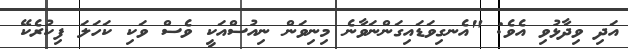
އަދި ވިދާޅުވި އެވެ: "އެނގިވަޑައިގަންނަވާނެ މިނިވަން ނިއުސްއަކީ ވެސް ވަކި ކަހަލަ ފިކުރެކޭ